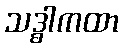
သဒ္ဓါကထာ